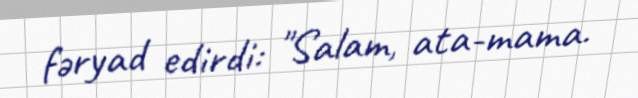
fəryad edirdi: "Salam, ata-mama.